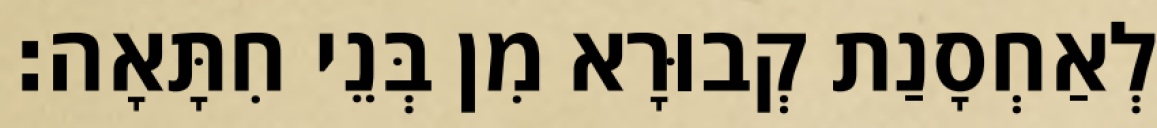
לְאַחְסָנַת קְבוּרָא מִן בְּנֵי חִתָּאָה׃